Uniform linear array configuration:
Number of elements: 48
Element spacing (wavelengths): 1
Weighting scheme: uniform
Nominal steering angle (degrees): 30
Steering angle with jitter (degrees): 28.881
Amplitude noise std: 0.05
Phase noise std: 0.05

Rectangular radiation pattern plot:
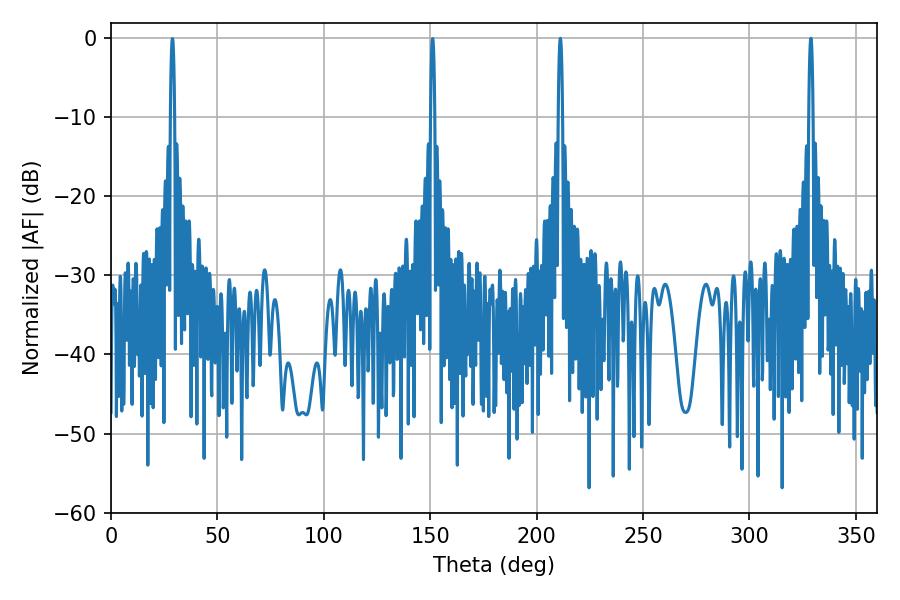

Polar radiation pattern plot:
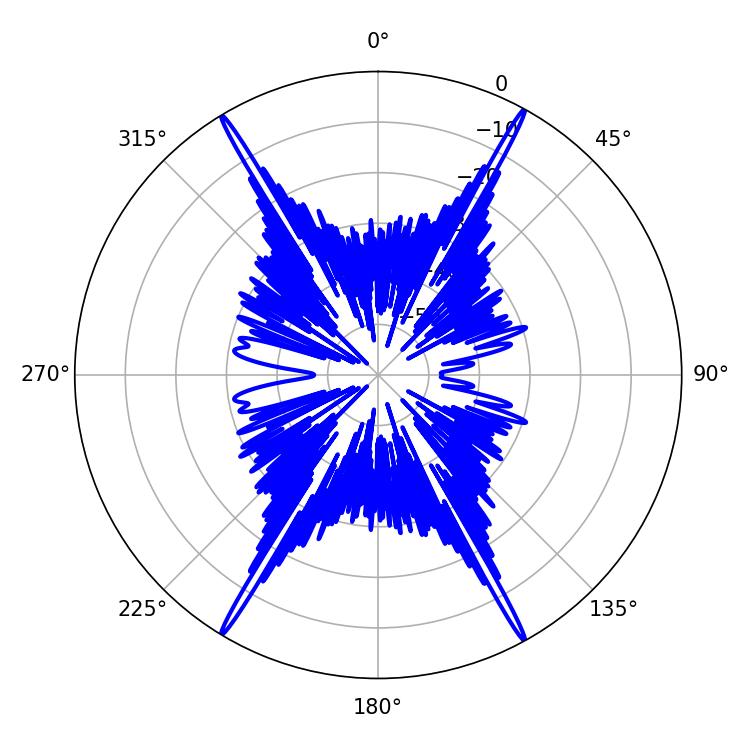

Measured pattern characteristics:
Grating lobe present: TRUE
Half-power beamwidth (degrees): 1.08
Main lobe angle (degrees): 328.86